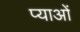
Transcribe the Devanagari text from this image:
प्याओं